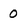
Character: 0